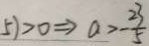
5 ) > 0 \Rightarrow a > - \frac { 2 3 } { 5 }